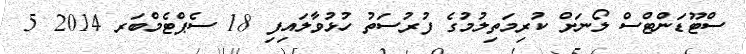
ސްޓޫޑަންޓްސް ލޯނަށް ކުރިމަތިލުމުގެ ފުރުސަތު ހުޅުވާލައިފި 18 ސެޕްޓެމްބަރ 2014 5